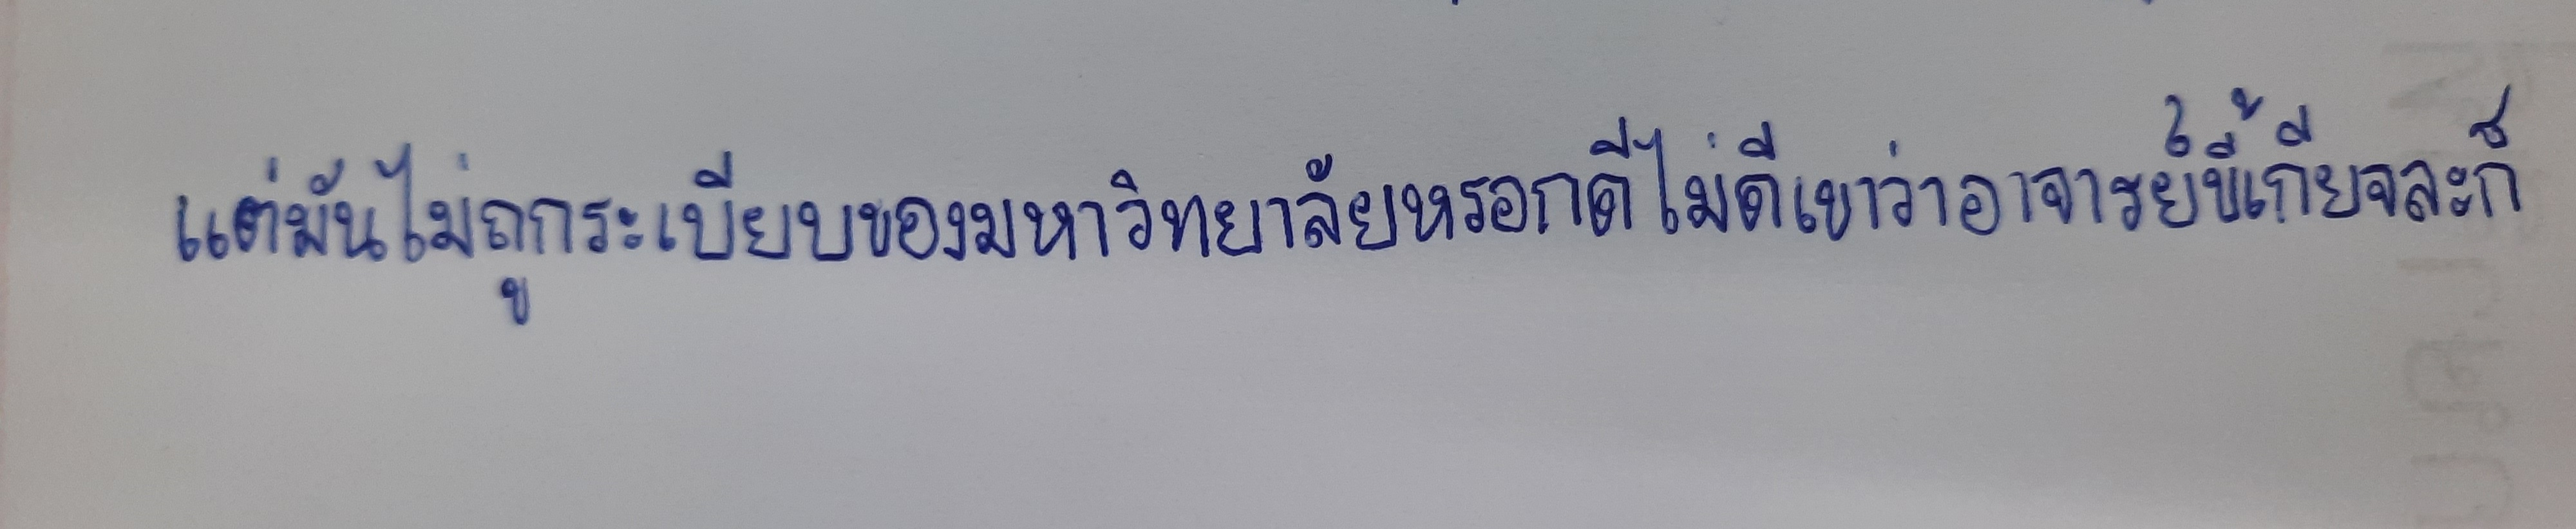
แต่มันไม่ถูกระเบียบของมหาวิทยาลัยหรอกดีไม่ดีเขาว่าอาจารย์ขี้เกียจละก็